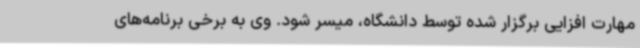
مهارت افزایی برگزار شده توسط دانشگاه، میسر شود. وی به برخی برنامه‌های